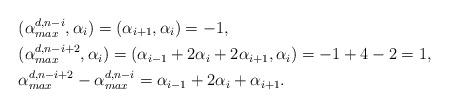
LaTeX: \begin{align*} & (\alpha^{d,n-i}_{max}, \alpha_i) = (\alpha_{i+1}, \alpha_i) = -1, \\ & (\alpha^{d,n-i+2}_{max}, \alpha_i) = (\alpha_{i-1} + 2\alpha_i + 2\alpha_{i+1}, \alpha_i) = -1+4-2 = 1, \\ & \alpha^{d,n-i+2}_{max} - \alpha^{d,n-i}_{max} = \alpha_{i-1} + 2\alpha_i + \alpha_{i+1}. \end{align*}